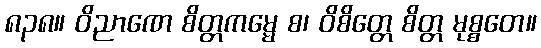
၈၃၈။ ဝိညာဏေ စိတ္တကမ္မေ စ၊ ဝိစိတ္တေ စိတ္တ မုစ္စတေ။